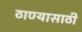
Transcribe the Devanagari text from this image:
ठाण्यासाठी